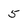
Character: 5